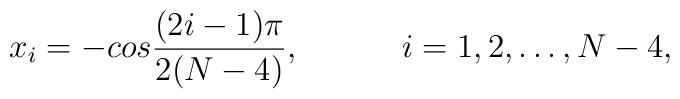
x_i=-cos{(2i-1)\pi \over 2(N-4)},\hspace{.5in} i = 1, 2, \dots, N-4,